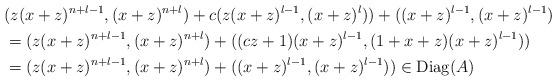
LaTeX: \begin{align*}&(z(x+z)^{n+l-1},(x+z)^{n+l})+ c(z(x+z)^{l-1},(x+z)^l)) + ((x+z)^{l-1}, (x+z)^{l-1}) \\ &= (z(x+z)^{n+l-1},(x+z)^{n+l})+((cz+1)(x+z)^{l-1},(1+x+z)(x+z)^{l-1}))\\&= (z(x+z)^{n+l-1},(x+z)^{n+l})+((x+z)^{l-1},(x+z)^{l-1}))\in \textrm{Diag}(A)\end{align*}